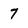
Character: 7